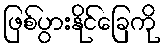
ဖြစ်ပွားနိုင်ခြေကို